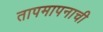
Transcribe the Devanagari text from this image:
तापमापनाची